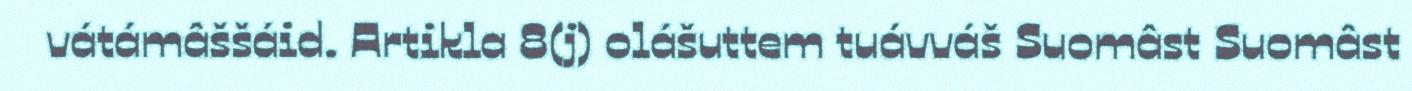
vátámâššáid. Artikla 8(j) olášuttem tuávváš Suomâst Suomâst